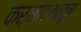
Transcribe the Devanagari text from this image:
कर्नाटकातुन